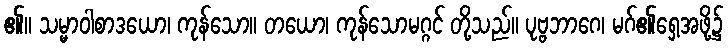
၏။ သမ္မာဝါစာဒယော၊ ကုန်သော။ တယော၊ ကုန်သောမဂ္ဂင် တို့သည်။ ပုဗ္ဗဘာဂေ၊ မဂ်၏ရှေ့အဖို့၌